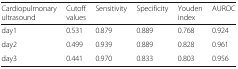
<table><thead><tr><td><b>Cardiopulmonary ultrasound</b></td><td><b>Cutoff values</b></td><td><b>Sensitivity</b></td><td><b>Specificity</b></td><td><b>Youden index</b></td><td><b>AUROC</b></td></tr></thead><tbody><tr><td>day1</td><td>0.531</td><td>0.879</td><td>0.889</td><td>0.768</td><td>0.924</td></tr><tr><td>day2</td><td>0.499</td><td>0.939</td><td>0.889</td><td>0.828</td><td>0.961</td></tr><tr><td>day3</td><td>0.441</td><td>0.970</td><td>0.833</td><td>0.803</td><td>0.956</td></tr></tbody></table>